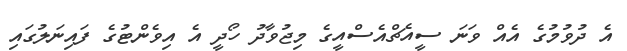
އެ ދުވުމުގެ އެއް ވަނަ ސީއެޗްއެސްއީގެ މިޖުވާދު ހޯދީ އެ އިވެންޓުގެ ފައިނަލުގައި